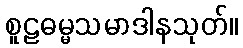
စူဠဓမ္မသမာဒါနသုတ်။